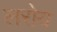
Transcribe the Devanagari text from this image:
लरोय